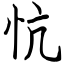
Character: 忼